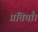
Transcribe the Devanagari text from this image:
प्रतियाँ।